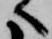
へ